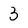
Character: 3